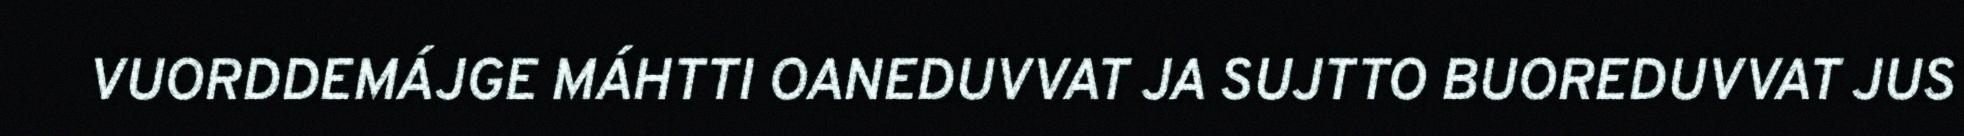
VUORDDEMÁJGE MÁHTTI OANEDUVVAT JA SUJTTO BUOREDUVVAT JUS